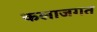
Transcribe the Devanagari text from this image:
कलाजगत